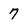
Character: 7